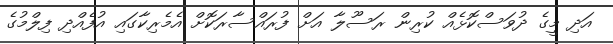
އަދި މީގެ ދުވަސްކޮޅެއް ކުރިން ރަސޫލާ އަށް ފުރައްސާރަކޮށް އެމެރިކާގައި އުފެއްދި ފިލްމުގެ